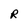
Character: R